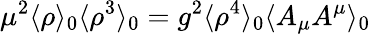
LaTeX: \mu^{2}\langle\rho\rangle_{0}\langle\rho^{3}\rangle_{0}=g^{2}\langle\rho^{4}\rangle_{0}\langle A_{\mu}A^{\mu}\rangle_{0}